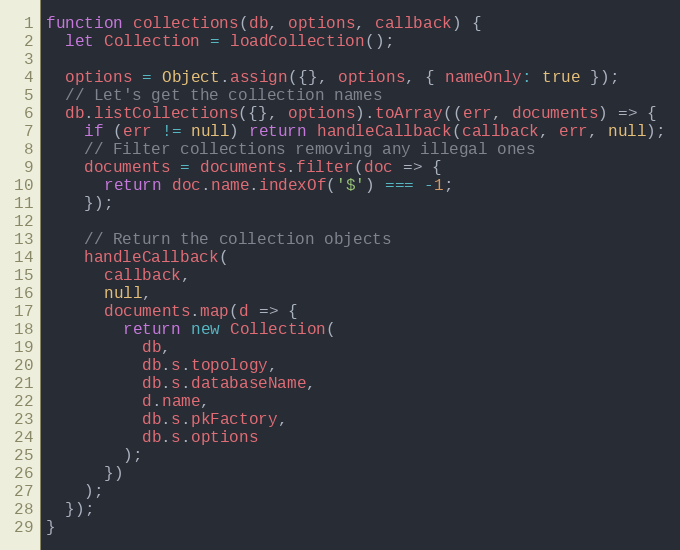
Language: JavaScript
function collections(db, options, callback) {
  let Collection = loadCollection();

  options = Object.assign({}, options, { nameOnly: true });
  // Let's get the collection names
  db.listCollections({}, options).toArray((err, documents) => {
    if (err != null) return handleCallback(callback, err, null);
    // Filter collections removing any illegal ones
    documents = documents.filter(doc => {
      return doc.name.indexOf('$') === -1;
    });

    // Return the collection objects
    handleCallback(
      callback,
      null,
      documents.map(d => {
        return new Collection(
          db,
          db.s.topology,
          db.s.databaseName,
          d.name,
          db.s.pkFactory,
          db.s.options
        );
      })
    );
  });
}